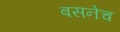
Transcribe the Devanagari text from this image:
बसनेच